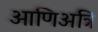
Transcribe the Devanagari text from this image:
आणिअत्रि